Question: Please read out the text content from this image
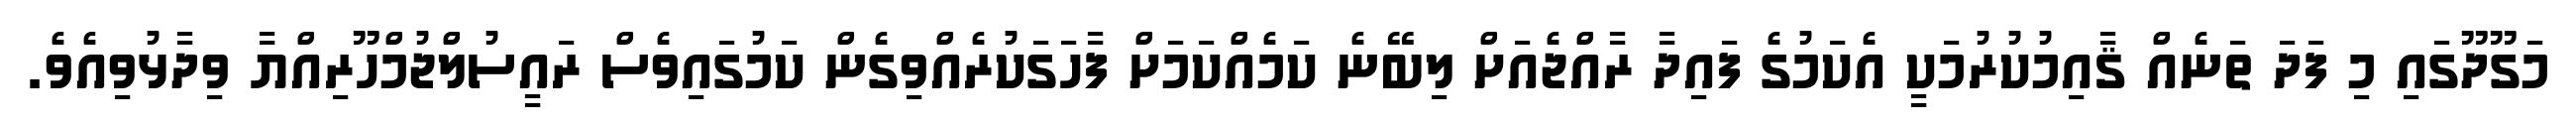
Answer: މަގޫދޫގައި މި ފަދަ ތަނެއް ޤާއިމުކުރުމަކީ އެކަމުގެ ފައިދާ ރާއްޖެއަށް ލިބޭނެ ކަމެއްކަމަށް ފާހަގަކުރެއްވިގެން ކަމުގައިވެސް ރައީސުލްޖުމްހޫރިއްޔާ ވިދާޅުވިއެވެ.